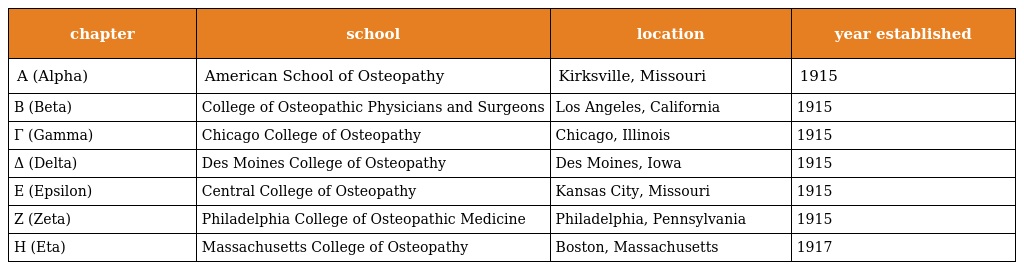
| chapter | school | location | year established |
 | --- | --- | --- | --- |
 | Α (Alpha) | American School of Osteopathy | Kirksville, Missouri | 1915 |
 | Β (Beta) | College of Osteopathic Physicians and Surgeons | Los Angeles, California | 1915 |
 | Γ (Gamma) | Chicago College of Osteopathy | Chicago, Illinois | 1915 |
 | Δ (Delta) | Des Moines College of Osteopathy | Des Moines, Iowa | 1915 |
 | Ε (Epsilon) | Central College of Osteopathy | Kansas City, Missouri | 1915 |
 | Ζ (Zeta) | Philadelphia College of Osteopathic Medicine | Philadelphia, Pennsylvania | 1915 |
 | Η (Eta) | Massachusetts College of Osteopathy | Boston, Massachusetts | 1917 |